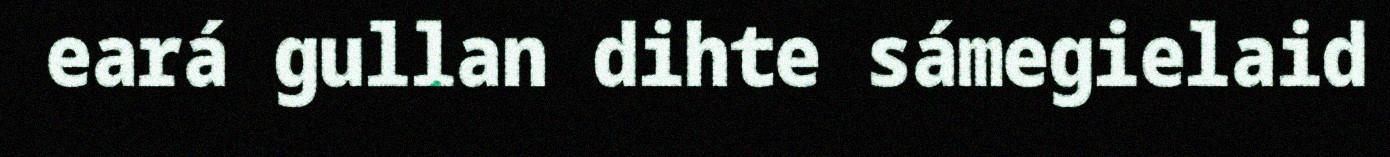
eará gullan dihte sámegielaid